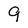
Character: 9